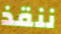
ننقذ